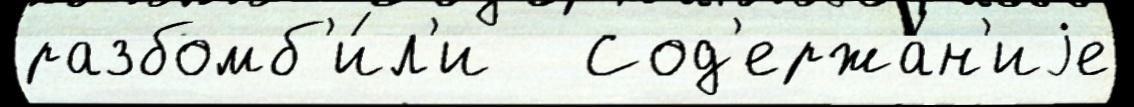
разбомб'и́л'и   Сод'ержа́н'иjе